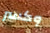
وكسر